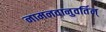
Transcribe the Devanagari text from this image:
नामनवानुवर्तिन्